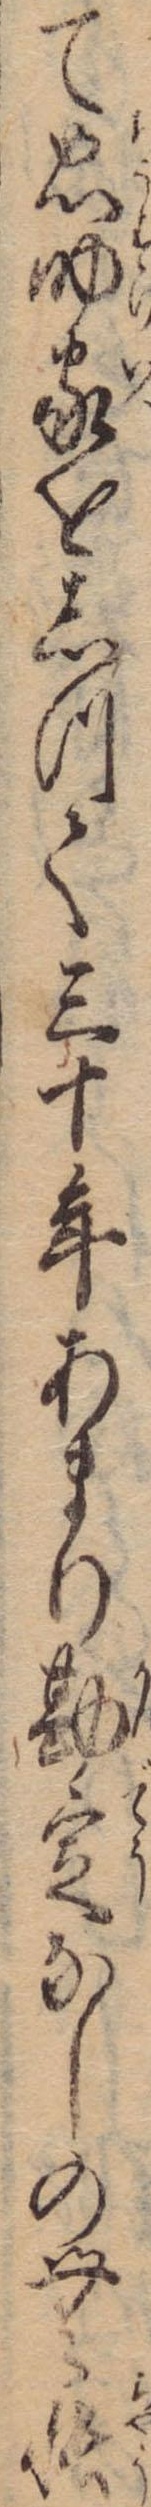
て忠助家をしつて三十年あまり勘定なしの無帳